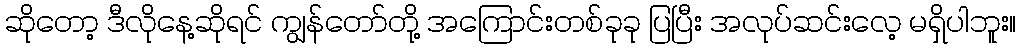
ဆိုတော့ ဒီလိုနေ့ဆိုရင် ကျွန်တော်တို့ အကြောင်းတစ်ခုခု ပြပြီး အလုပ်ဆင်းလေ့ မရှိပါဘူး။